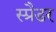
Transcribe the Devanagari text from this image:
स्प्रैडर